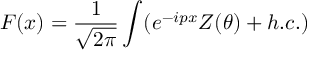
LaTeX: F ( x ) = \frac { 1 } { \sqrt { 2 \pi } } \int ( e ^ { - i p x } Z ( \theta ) + h . c . )